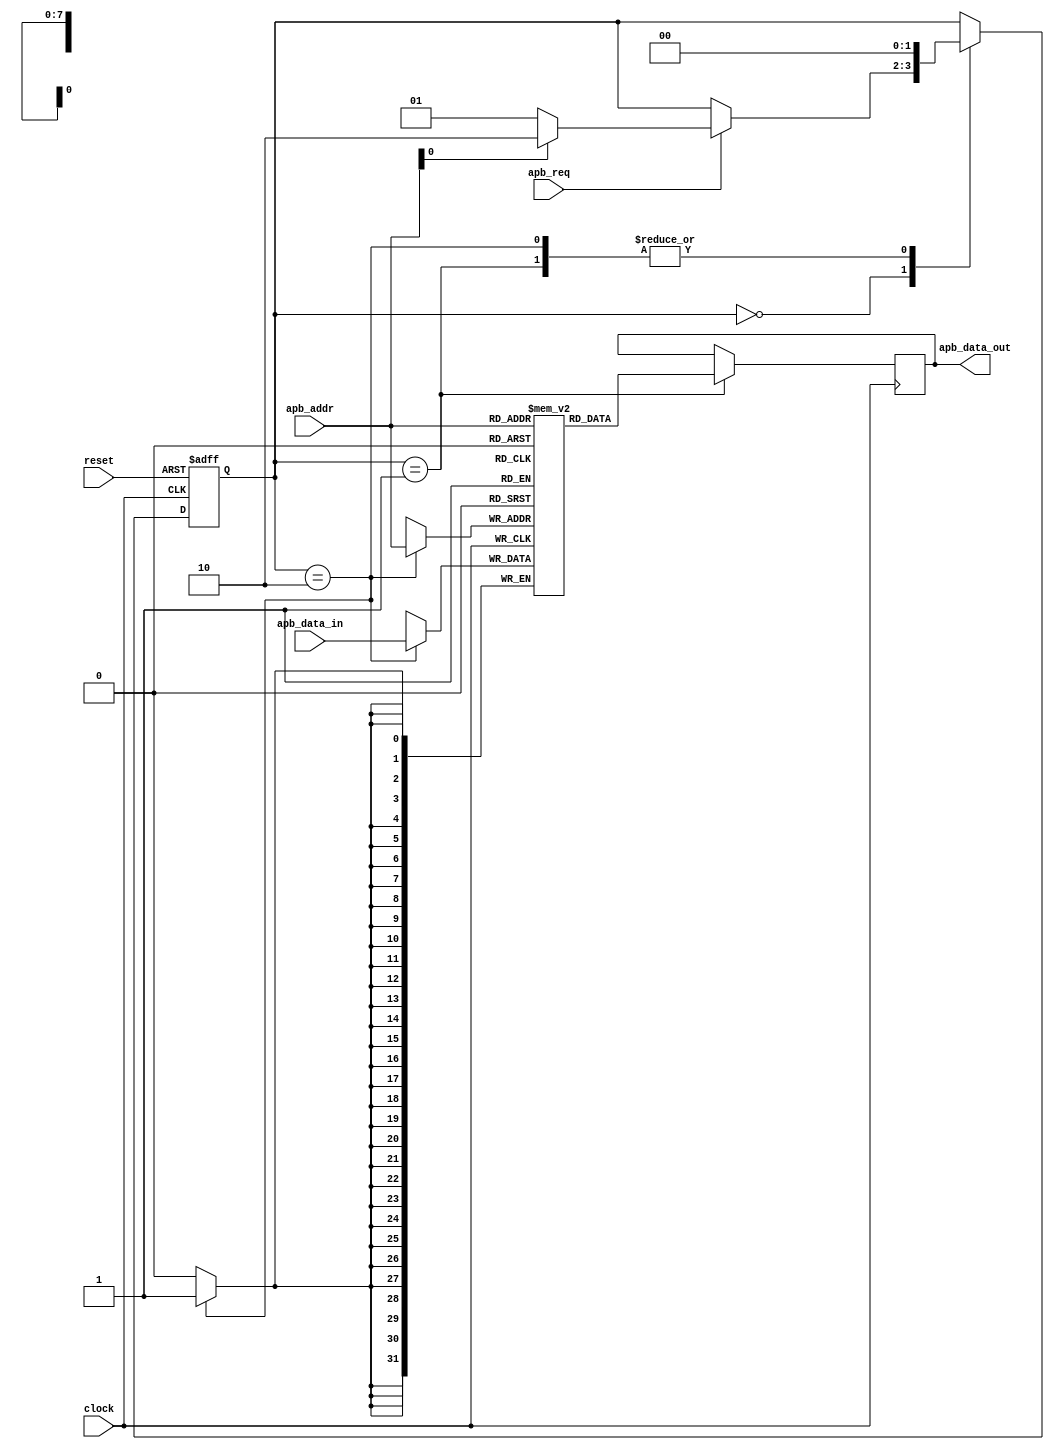
module APB_Controller (
    input wire clock,
    input wire reset,
    input wire apb_req,
    input wire [7:0] apb_addr,
    input wire [31:0] apb_data_in,
    output reg [31:0] apb_data_out
);

// Define state machine states
parameter IDLE = 2'b00;
parameter READ_OP = 2'b01;
parameter WRITE_OP = 2'b10;

// Define internal signals
reg [1:0] state;
reg [31:0] data_mem [0:255];

// Clock generation module
always @(posedge clock or posedge reset) begin
    if (reset) begin
        state <= IDLE;
    end else begin
        case(state)
            IDLE: begin
                if (apb_req) begin
                    if (apb_addr[0] == 1'b0) begin
                        state <= READ_OP;
                    end else begin
                        state <= WRITE_OP;
                    end
                end
            end
            READ_OP: begin
                state <= IDLE;
            end
            WRITE_OP: begin
                state <= IDLE;
            end
        endcase
    end
end

// Data transfer control module
always @(posedge clock) begin
    case(state)
        READ_OP: begin
            apb_data_out <= data_mem[apb_addr];
        end
        WRITE_OP: begin
            data_mem[apb_addr] <= apb_data_in;
        end
    endcase
end

endmodule